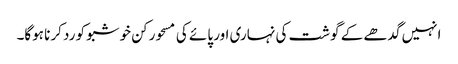
انہیں گدھے کے گوشت کی نہاری اور پائے کی مسحور کن خوشبو کو رد کرنا ہوگا۔